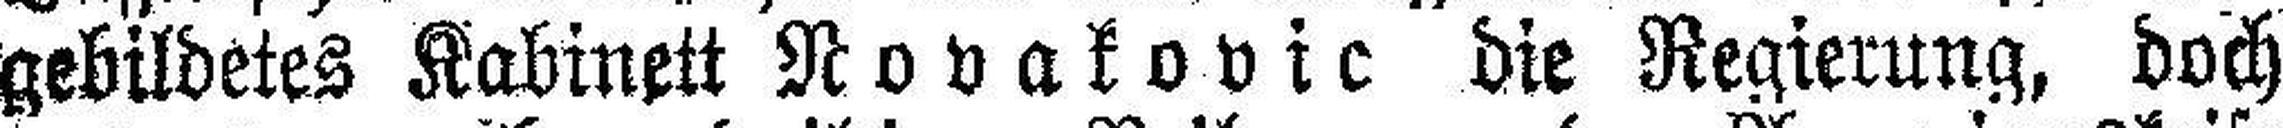
gebildetes Kabinett Novakovic die Regierung, doch